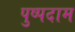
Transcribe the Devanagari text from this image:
पुष्पदाम